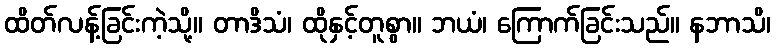
ထိတ်လန့်ခြင်းကဲ့သို့။ တာဒိသံ၊ ထိုနှင့်တူစွာ။ ဘယံ၊ ကြောက်ခြင်းသည်။ နဘာသိ၊